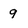
Character: 9